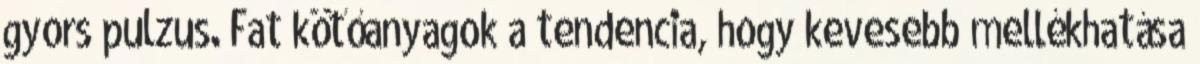
gyors pulzus. Fat kötőanyagok a tendencia, hogy kevesebb mellékhatása